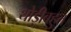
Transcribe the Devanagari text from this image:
थोड़ीबहुत